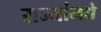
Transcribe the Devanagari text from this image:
राज्यांमधे